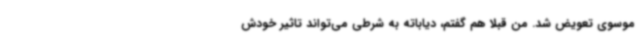
موسوی تعویض شد. من قبلا هم گفتم، دیاباته به شرطی می‌تواند تاثیر خودش